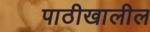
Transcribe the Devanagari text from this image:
पाठीखालील